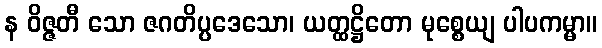
န ဝိဇ္ဇတီ သော ဇဂတိပ္ပဒေသော၊ ယတ္ထဋ္ဌိတော မုစ္စေယျ ပါပကမ္မာ။